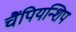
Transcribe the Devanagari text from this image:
चैंपियन्शिप